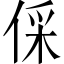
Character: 倸